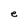
Character: e